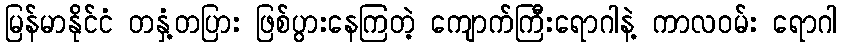
မြန်မာနိုင်ငံ တနှံ့တပြား ဖြစ်ပွားနေကြတဲ့ ကျောက်ကြီးရောဂါနဲ့ ကာလဝမ်း ရောဂါ